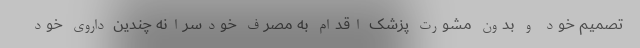
تصمیم خود و بدون مشورت پزشک اقدام به مصرف خودسرانه چندین داروی خود